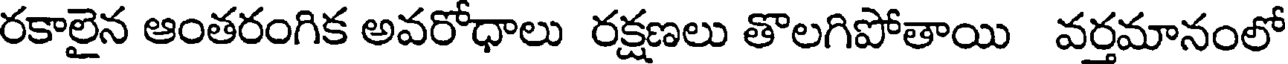
రకాలైన ఆంతరంగిక అవరోధాలు రక్షణలు తొలగిపోతాయి వర్తమానంలో